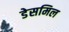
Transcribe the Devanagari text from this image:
डेसमिल